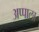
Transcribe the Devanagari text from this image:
अप्पाला